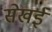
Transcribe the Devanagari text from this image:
सेखई